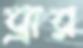
ব্রার